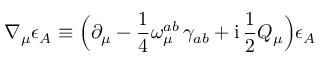
\nabla _ { \mu } \epsilon _ { A } \equiv \Bigl ( \partial _ { \mu } - \frac { 1 } { 4 } \omega _ { \mu } ^ { a b } \, \gamma _ { a b } + \mathrm { i } \, \frac { 1 } { 2 } Q _ { \mu } \Bigr ) \epsilon _ { A }